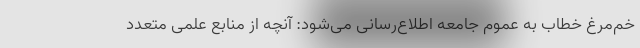
خم‌مرغ خطاب به عموم جامعه اطلاع‌رسانی می‌شود: آنچه از منابع علمی متعدد